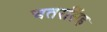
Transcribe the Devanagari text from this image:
चतरसिंह